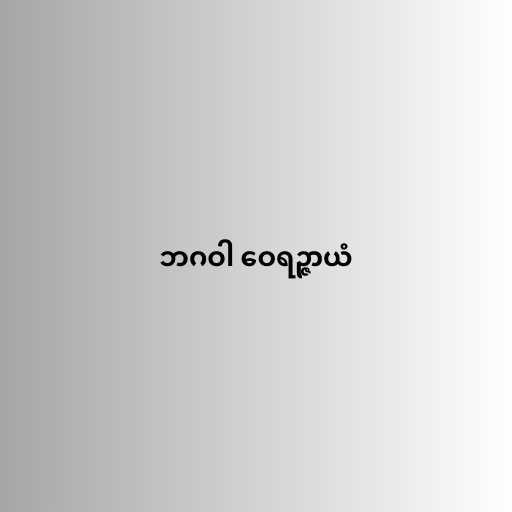
ဘဂဝါ ဝေရဉ္ဇာယံ